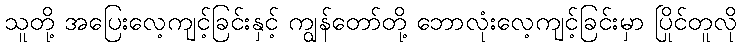
သူတို့ အပြေးလေ့ကျင့်ခြင်းနှင့် ကျွန်တော်တို့ ဘောလုံးလေ့ကျင့်ခြင်းမှာ ပြိုင်တူလို